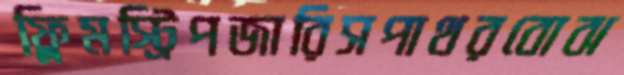
ফ্লিমস্ট্রিপজারিসপাথরবোঝ